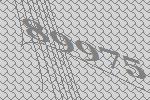
89975